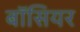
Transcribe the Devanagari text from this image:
बॉसियर